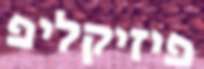
פיזיקליפ